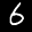
Label: 6